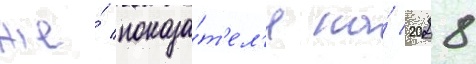
же́ показа́т'ел'я на́ 2028